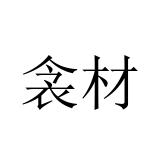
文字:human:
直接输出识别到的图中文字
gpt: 衾材